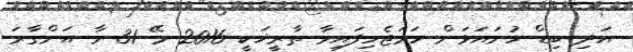
އަދި ބިޑް ހުށައަޅަން ހަމަޖެހިފައިވާ ތާރީޚަކީ 2016 މޭ 31 ވާ އަންގާރަ